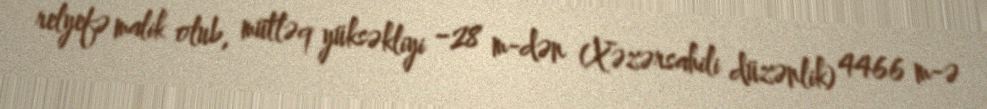
relyefə malik olub, mütləq yüksəkliyi −28 m-dən (Xəzərsahili düzənlik) 4466 m-ə